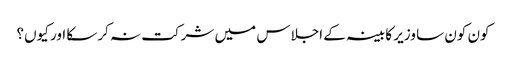
کون کون سا وزیر کابینہ کے اجلاس میں شرکت نہ کرسکا اور کیوں؟